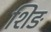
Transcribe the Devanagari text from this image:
शिङ